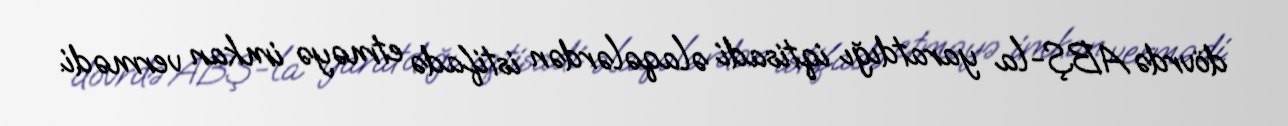
dövrdə ABŞ-la yaratdığı iqtisadi əlaqələrdən istifadə etməyə imkan vermədi.